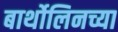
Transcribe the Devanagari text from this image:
बार्थोलिनच्या